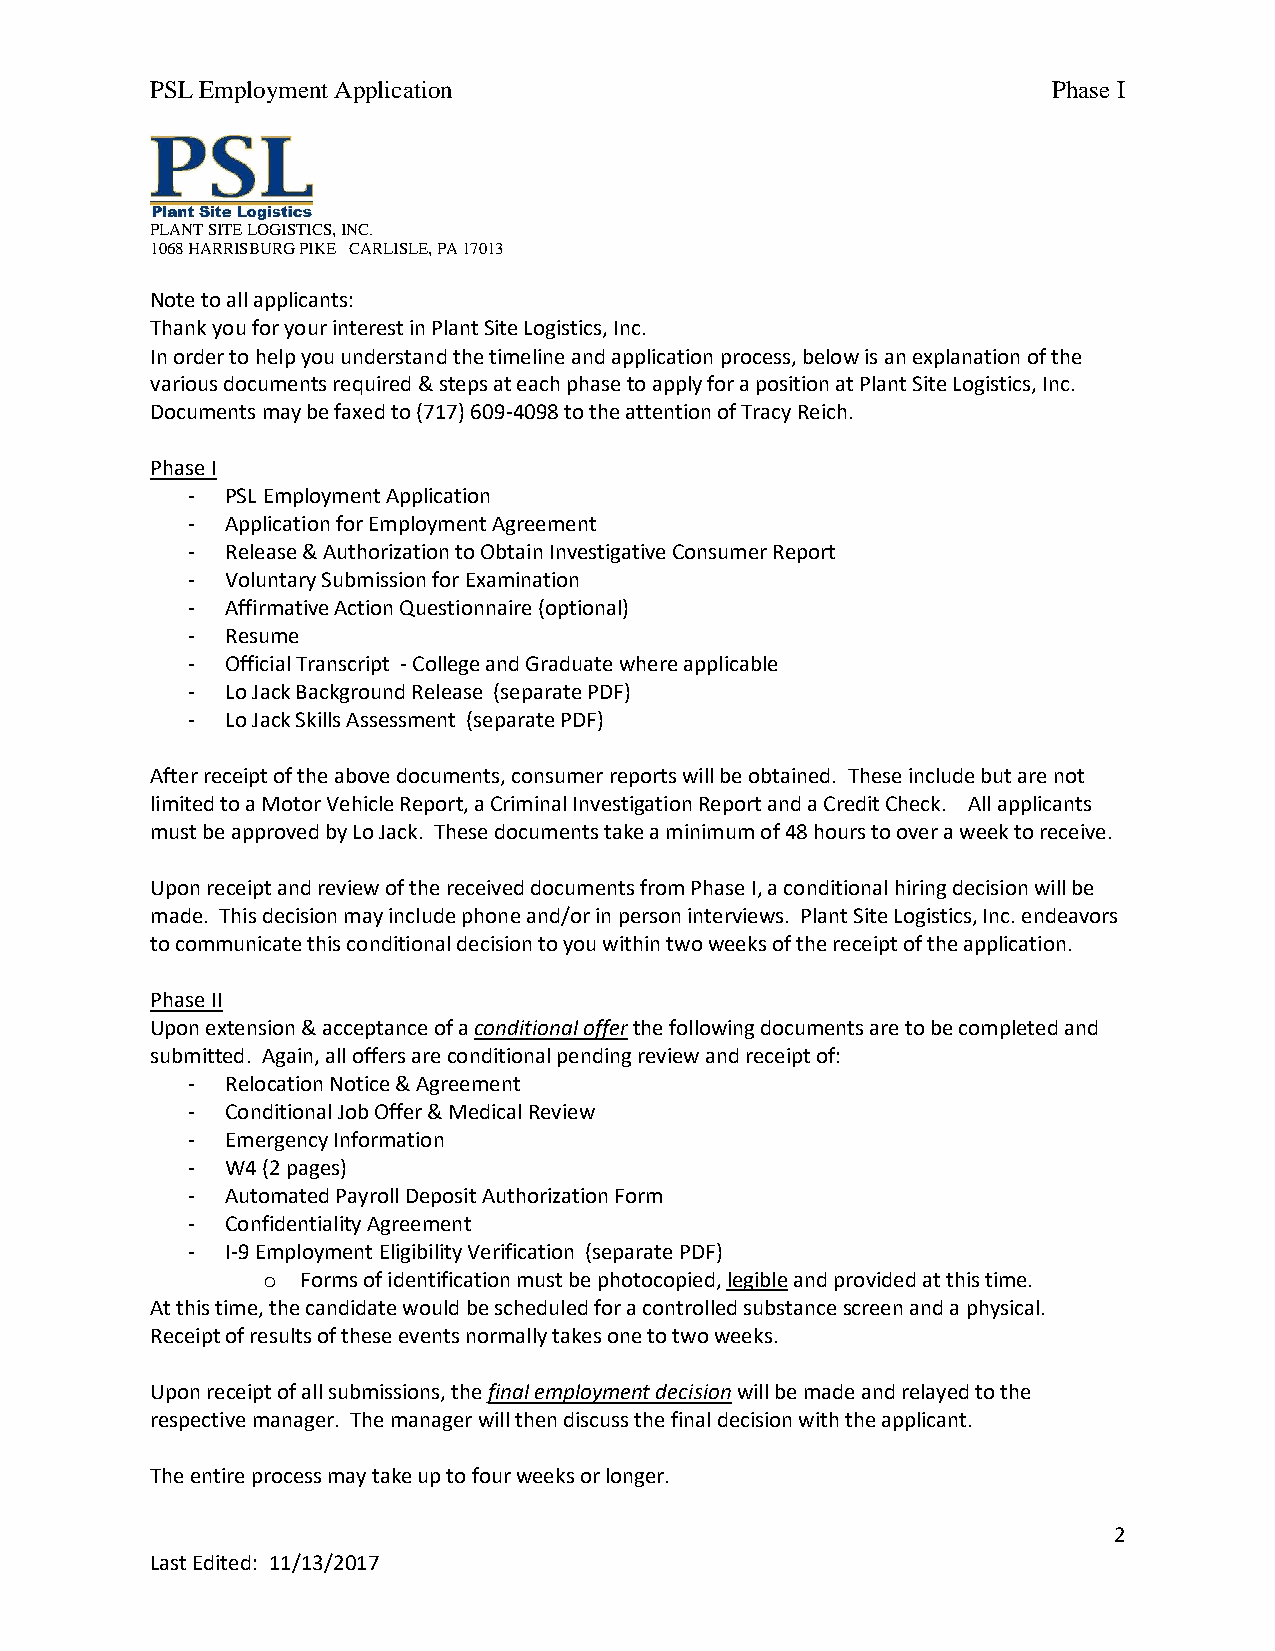
PSL Employment Application                                  Phase I
 PLANT SITE LOGISTICS, INC.
 1068 HARRISBURG PIKE CARLISLE, PA 17013
 Note to all applicants:
 Thank you for your interest in Plant Site Logistics, Inc.
 In order to help you understand the timeline and application process, below is an explanation of the
 various documents required & steps at each phase to apply for a position at Plant Site Logistics, Inc.
 Documents may be faxed to (717) 609-4098 to the attention of Tracy Reich.
 Phase I
 -  PSL Employment Application
 -  Application for Employment Agreement
 -  Release & Authorization to Obtain Investigative Consumer Report
 -  Voluntary Submission for Examination
 -  Affirmative Action Questionnaire (optional)
 -  Resume
 -  Official Transcript - College and Graduate where applicable
 -  Lo Jack Background Release (separate PDF)
 -  Lo Jack Skills Assessment (separate PDF)
 After receipt of the above documents, consumer reports will be obtained. These include but are not
 limited to a Motor Vehicle Report, a Criminal Investigation Report and a Credit Check. All applicants
 must be approved by Lo Jack. These documents take a minimum of 48 hours to over a week to receive.
 Upon receipt and review of the received documents from Phase I, a conditional hiring decision will be
 made. This decision may include phone and/or in person interviews. Plant Site Logistics, Inc. endeavors
 to communicate this conditional decision to you within two weeks of the receipt of the application.
 Phase II
 Upon extension & acceptance of a conditional offer the following documents are to be completed and
 submitted. Again, all offers are conditional pending review and receipt of:
 -  Relocation Notice & Agreement
 -  Conditional Job Offer & Medical Review
 -  Emergency Information
 -  W4 (2 pages)
 -  Automated Payroll Deposit Authorization Form
 -  Confidentiality Agreement
 -  I-9 Employment Eligibility Verification (separate PDF)
 o  Forms of identification must be photocopied, legible and provided at this time.
 At this time, the candidate would be scheduled for a controlled substance screen and a physical.
 Receipt of results of these events normally takes one to two weeks.
 Upon receipt of all submissions, the final employment decision will be made and relayed to the
 respective manager. The manager will then discuss the final decision with the applicant.
 The entire process may take up to four weeks or longer.
 2
 Last Edited: 11/13/2017